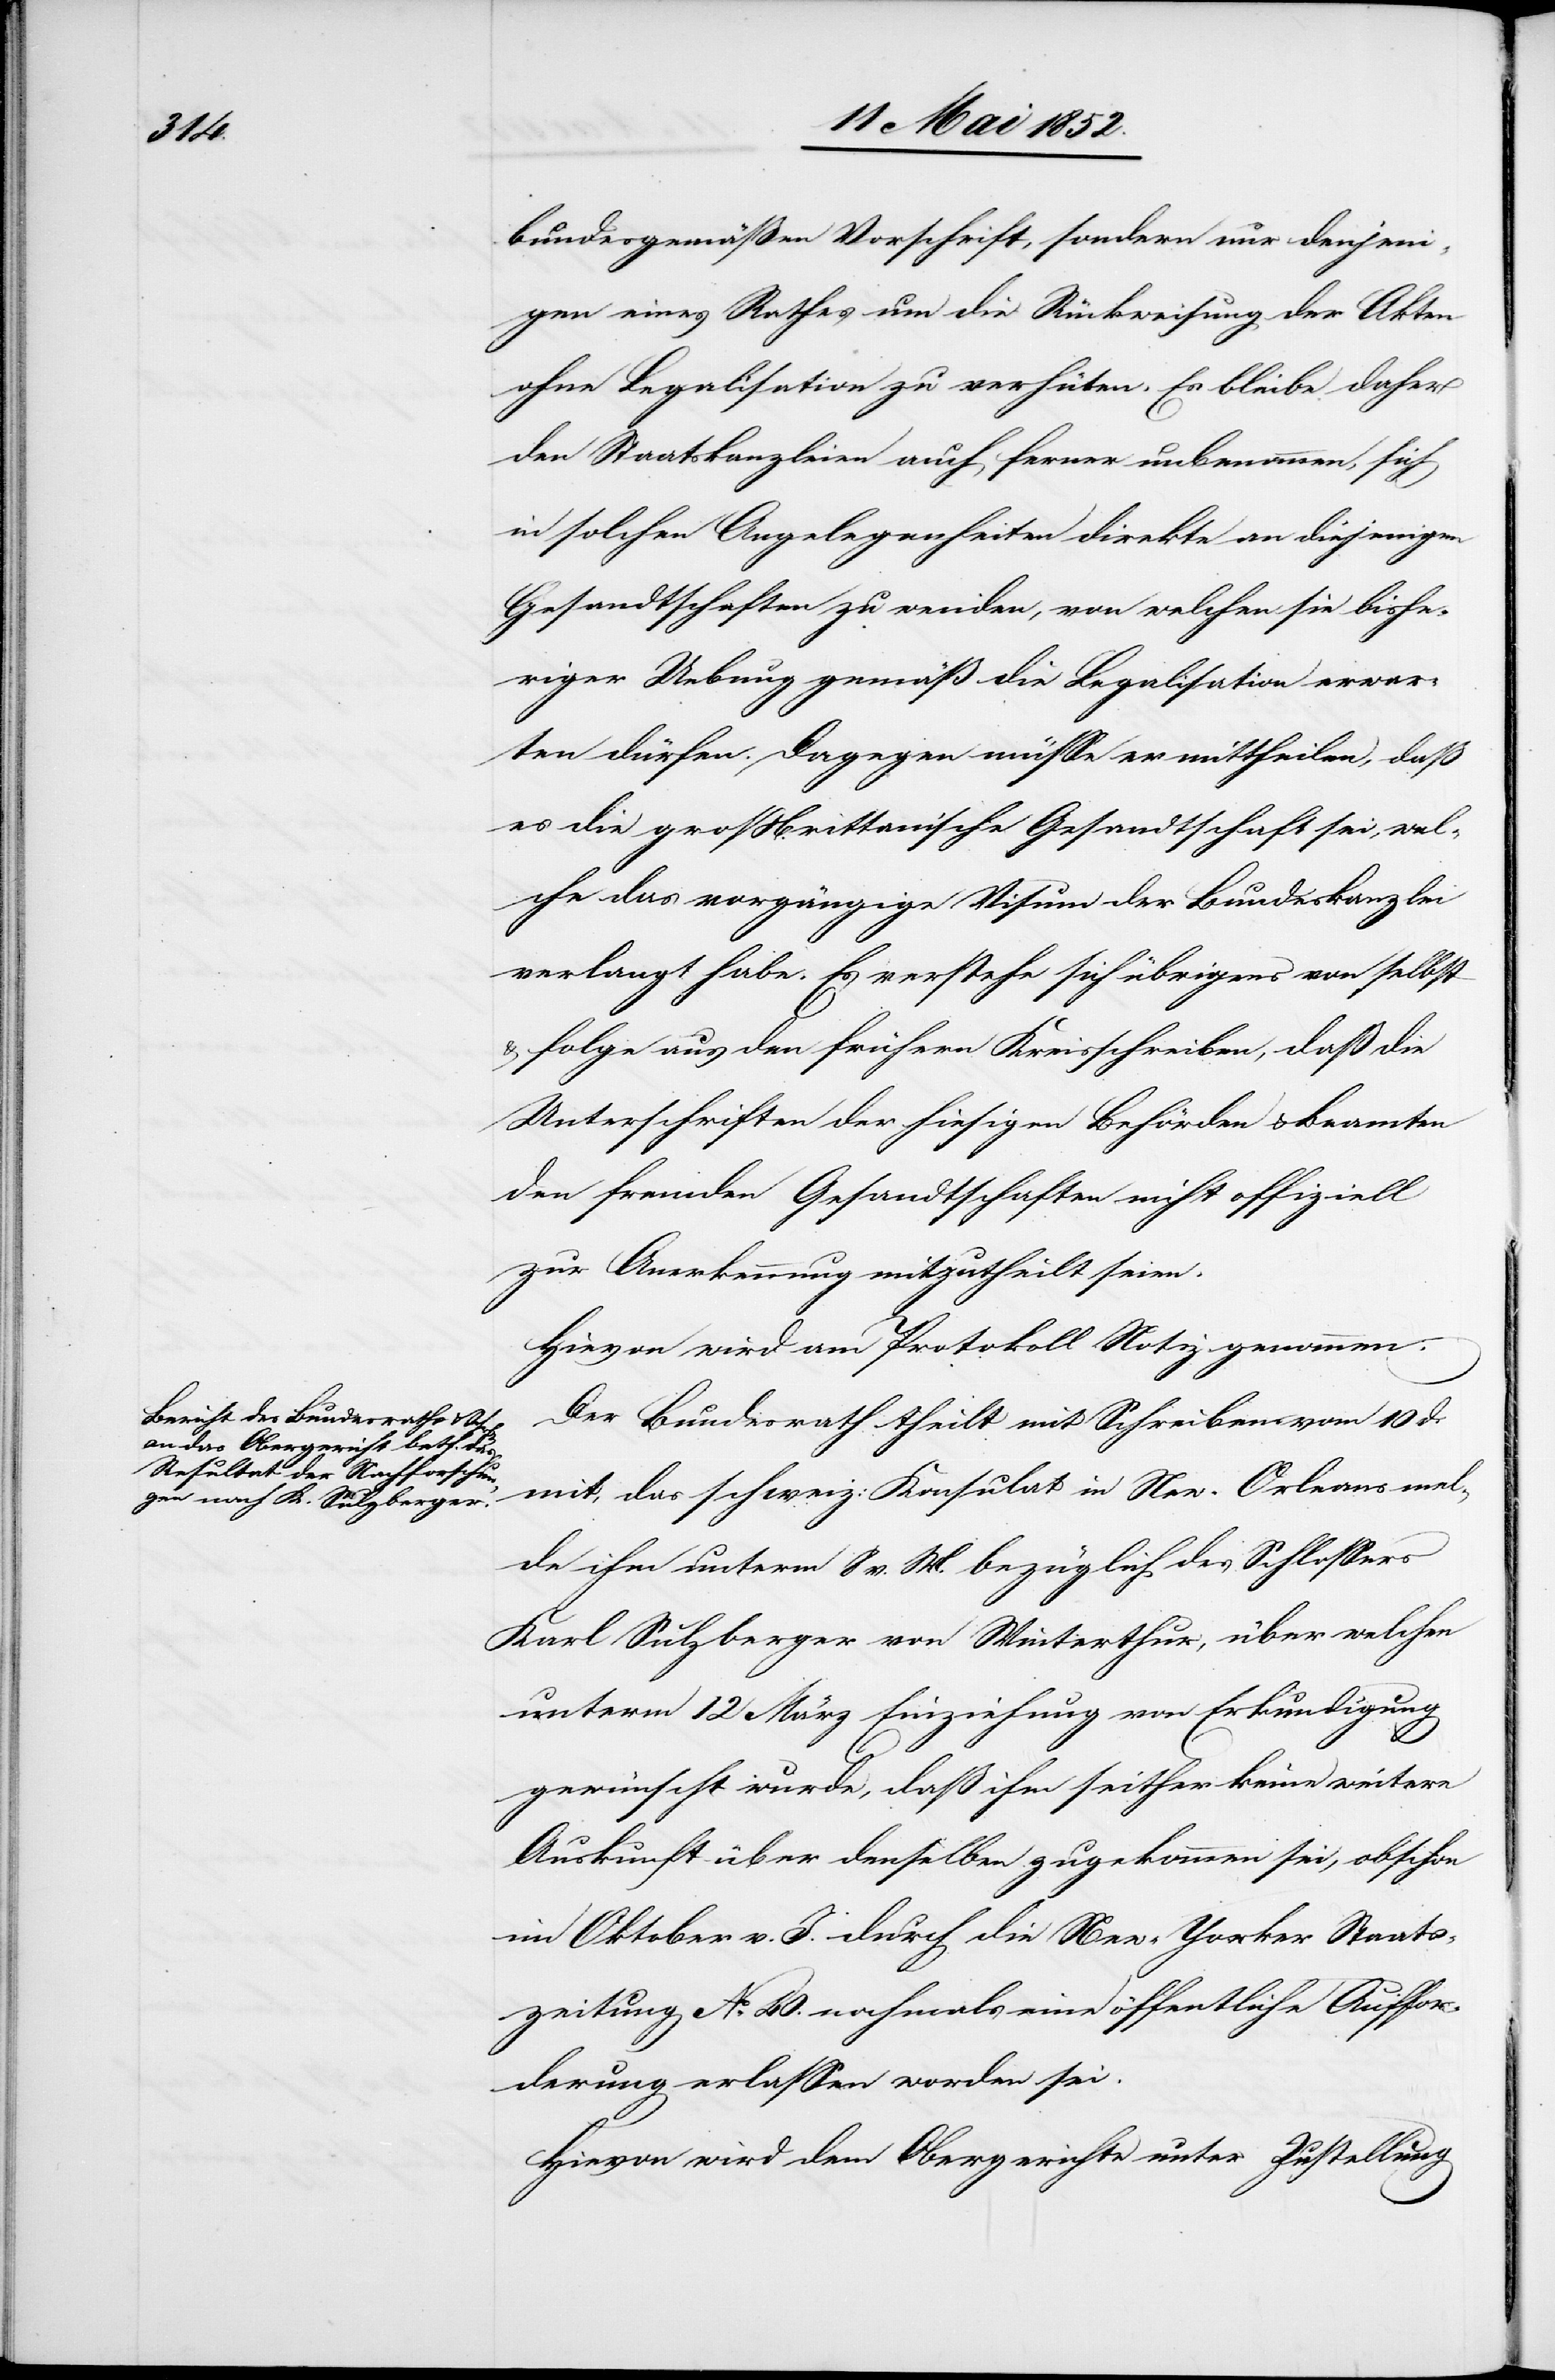
den

14 Mai 1852.]
bundesgemässen Vorschrift, sondern nur denjeni¬
gen eines Rathes um die Rückweisung der Akten
ohne Legalisation zu verhüten. Es bleibe daher
den Staatskanzleien auch ferner unbenommen, sich
in solchen Angelegenheiten direkte an diejenigen
Gesandtschaften zu wenden, von welchen sie bishe¬
riger Uebung gemäß die Legalisation erwar¬
ten dürfen. Dagegen müsse er mittheilen, daß
es die grossbrittanische Gesandtschaft sei, wel¬
che das vorgängige Visum der Bundeskanzlei
verlangt habe. Es verstehe sich übrigens von selbst
& folge aus den frühern Kreisschreiben, daß die
Unterschriften der hiesigen Behörden & Beamten
den fremden Gesandtschaften nicht offiziell
zur Anerkennung mitzutheilt [sic!]
Hievon wird am Protokoll Notiz genommen.
Der Bundesrath theilt mit Schreiben vom 10 d.
mit, das schweiz: Konsulat in New-Orleans mel¬
de ihm unterm 8 v. M. bezüglich des Schlossers
Karl Sulzberger von Winterthur, über welchen
unterm 12 März Einziehung von Erkundigung
gewünscht wurde, daß ihm seither keine weitere
Auskunft über denselben zugekommen sei, obschon
im Oktober v. J. durch die New-Yorker Staats¬
zeitung No. 40. nochmals eine öffentliche Auffor¬
derung erlassen worden sei.
Hievon wird dem Obergerichte unter Zustellung